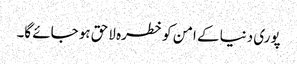
پوری دنیا کے امن کو خطرہ لاحق ہو جائے گا۔